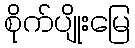
စိုက်ပျိုးမြေ